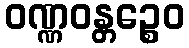
ဝဏ္ဏဝန္တဉ္စေဝ